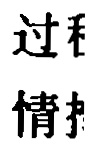
过 程
情 报